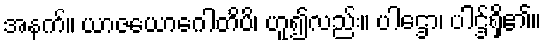
အနက်။ ယာဇယောဂေါတိပိ၊ ဟူ၍လည်း။ ပါဌော၊ ပါဌ်ရှိ၏။